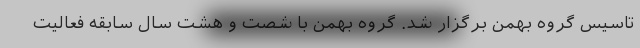
تاسیس گروه بهمن برگزار شد. گروه بهمن با شصت و هشت سال سابقه فعالیت